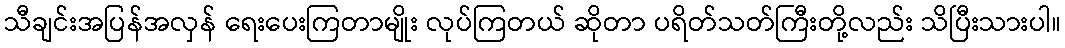
သီချင်းအပြန်အလှန် ရေးပေးကြတာမျိုး လုပ်ကြတယ် ဆိုတာ ပရိတ်သတ်ကြီးတို့လည်း သိပြီးသားပါ။